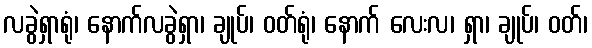
လခွဲရှာရုံ၊ နောက်လခွဲရှာ၊ ချုပ်၊ ဝတ်ရုံ၊ နောက် လေးလ၊ ရှာ၊ ချုပ်၊ ဝတ်၊